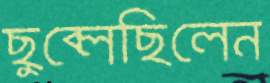
ছুব্‌লেছিলেন